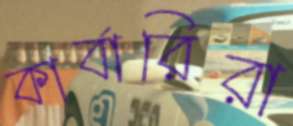
কার্বারিরা